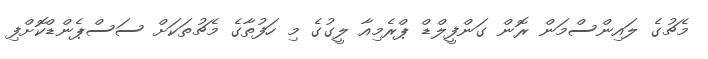
މެޗުގެ ލައިންސްމަން ރޮން ގަންފީލްޑް ޕްރެމިއާ ލީގުގެ މި ހަފުތާގެ މެޗުތަކަށް ސަސްޕެންޑްކޮށްފި